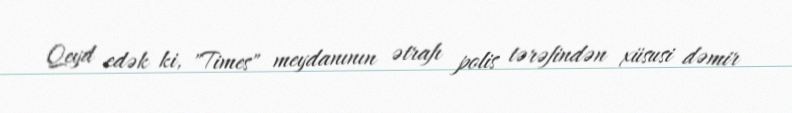
Qeyd edək ki, "Times" meydanının ətrafı polis tərəfindən xüsusi dəmir